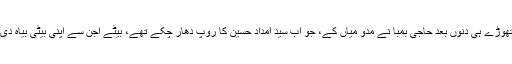
تھوڑے ہی دنوں بعد حاجی بمبا نے مدّو میاں کے، جو اب سیّد امداد حسین کا روپ دھار چکے تھے، بیٹے اجّن سے اپنی بیٹی بیاہ دی۔